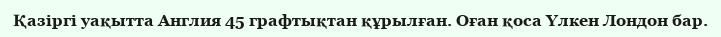
Қазіргі уақытта Англия 45 графтықтан құрылған. Оған қоса Үлкен Лондон бар.